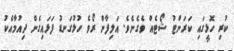
ކުރި ހޮޅީގައި ކަރަންޓު ޝޯޓެއް ވެގެނެވެ. އަލިފާން ރޯވެ ހުޅުގަނޑު ފަޅައިގެން ދިއުމާއެކު